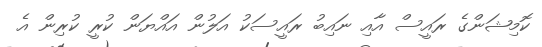
ކޮމިޝަންގެ ރައީސް އާއި ނައިބު ރައީސަކު އަލުން އައްޔަން ކުރީ ކުރިން އެ